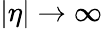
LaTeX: \lvert\eta\rvert\rightarrow\infty